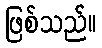
ဖြစ်သည်။